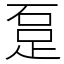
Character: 𨀂